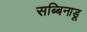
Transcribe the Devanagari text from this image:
सब्बिनाडू